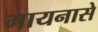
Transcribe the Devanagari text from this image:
गायनासे